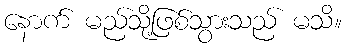
နောက် မည်သို့ဖြစ်သွားသည် မသိ။